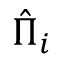
{ \hat { \Pi } } _ { i }